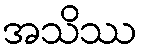
အသိဿ